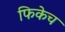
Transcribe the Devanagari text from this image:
फिकेच